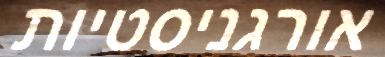
אורגניסטיות